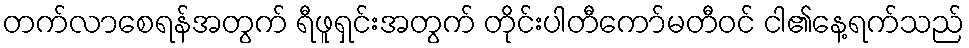
တက်လာစေရန်အတွက် ရီဖူရှင်းအတွက် တိုင်းပါတီကော်မတီဝင် ငါ၏နေ့ရက်သည်